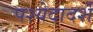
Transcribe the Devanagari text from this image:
पश्येदादर्शे